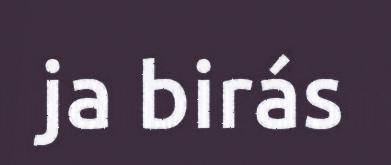
ja birás